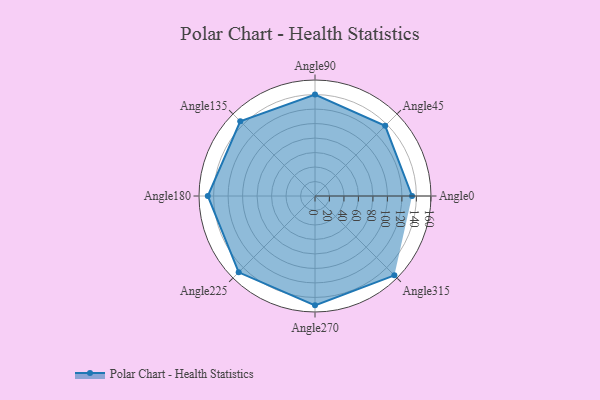
{"axis": {"x": "Angle", "y": "Radius"}, "legend": [""], "data": [{"x": "Angle0", "y": 134.0, "type": ""}, {"x": "Angle45", "y": 137.0, "type": ""}, {"x": "Angle90", "y": 140.0, "type": ""}, {"x": "Angle135", "y": 146.0, "type": ""}, {"x": "Angle180", "y": 148.0, "type": ""}, {"x": "Angle225", "y": 149.0, "type": ""}, {"x": "Angle270", "y": 151.0, "type": ""}, {"x": "Angle315", "y": 155.0, "type": ""}]}